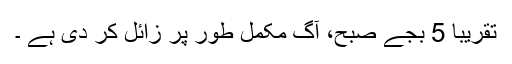
تقریباً 5 بجے صبح، آگ مکمل طور پر زائل کر دی ہے ۔